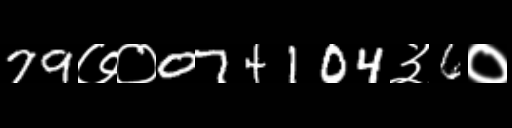
Text: 79७०074104३6०